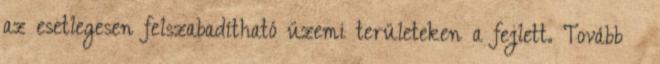
az esetlegesen felszabadítható üzemi területeken a fejlett. Tovább ›